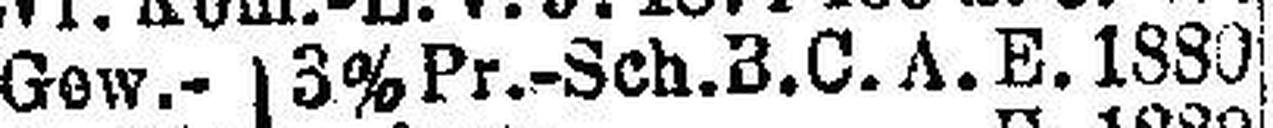
Gew.- 3% Pr.-Sch. B.C.A.E. 1880